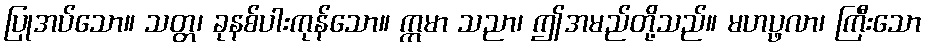
ပြုအပ်သော။ သတ္တ၊ ခုနစ်ပါးကုန်သော။ ဣမာ သညာ၊ ဤအမည်တို့သည်။ မဟပ္ဖလာ၊ ကြီးသော